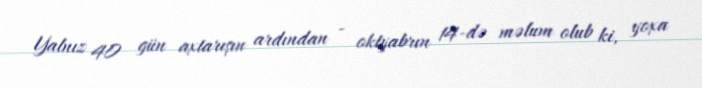
Yalnız 40 gün axtarışın ardından - oktyabrın 14-də məlum olub ki, yoxa